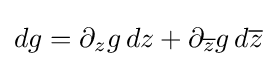
dg=\partial _{z}g\,dz+\partial _{\overline {z}}g\,d{\overline {z}}